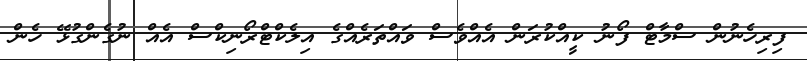
ފިރިހެނުން ސްމާޓް ފޯނު ކީއްކުރަން އެއްވެސް ވައްތަރެއްގެ އިލެކްޓްރޯނިކްސް އެއް ނުގެންގުޅޭ ހެން